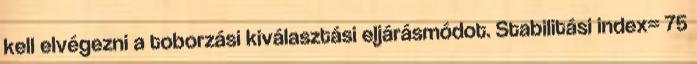
kell elvégezni a toborzási kiválasztási eljárásmódot. Stabilitási index= 75